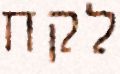
לקח